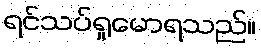
ရင်သပ်ရှုမောရသည်။